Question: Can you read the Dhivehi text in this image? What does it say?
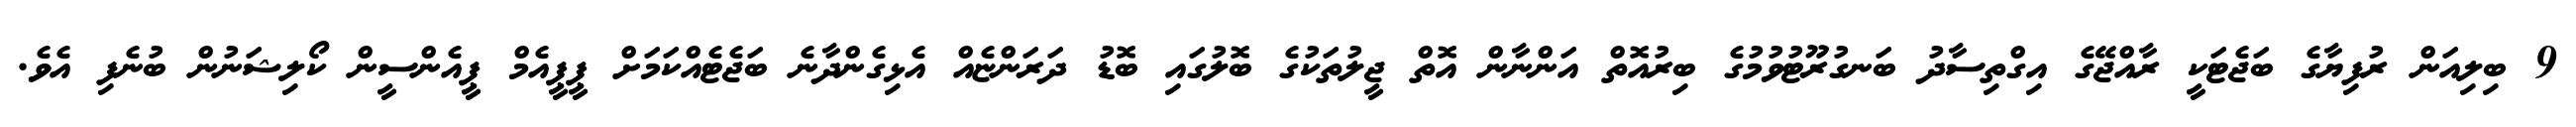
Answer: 9 ބިލިއަން ރުފިޔާގެ ބަޖެޓަކީ ރާއްޖޭގެ އިގްތިސާދު ބަނގުރޫޓުވުމުގެ ބިރުއޮތް އަންނާން އޮތް ޖީލުތަކުގެ ބޮލުގައި ބޮޑު ދަރަންޏެއް އެޅިގެންދާނެ ބަޖެޓެއްކަމަށް ޕީޕީއެމް ޕީއެންސީން ކޯލިޝަނުން ބުނެފި އެވެ.